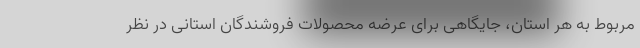
مربوط به هر استان، جایگاهی برای عرضه محصولات فروشندگان استانی در نظر